Annual report of the Prince of Wales Medical College, Patna
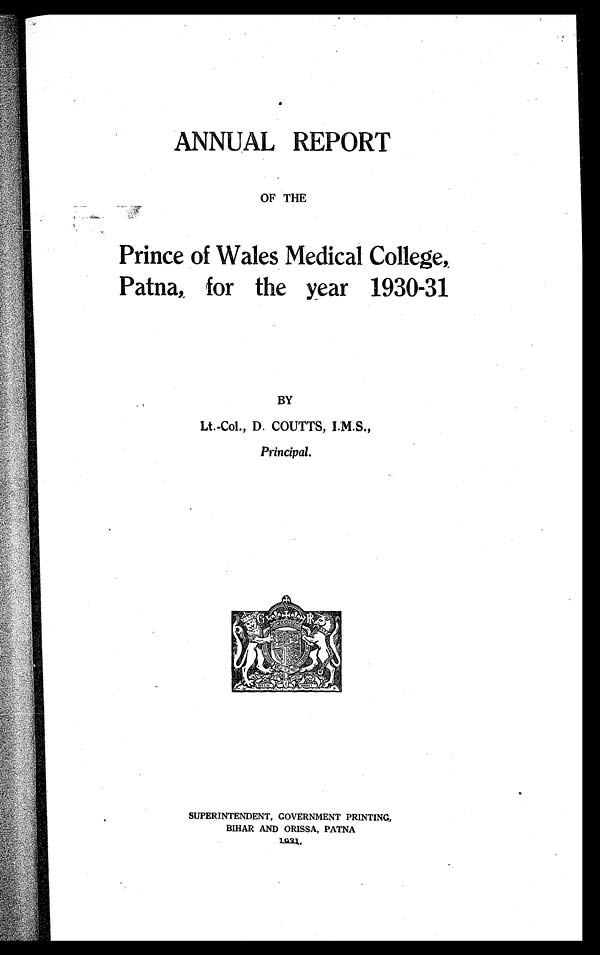
ANNUAL REPORT
OF THE
Prince of Wales Medical College,
Patna, for the year 1930-31
BY
Lt.-Col., D. COUTTS, I.M.S.,
Principal.
SUPERINTENDENT, GOVERNMENT PRINTING,
BIHAR AND ORISSA, PATNA
1931.